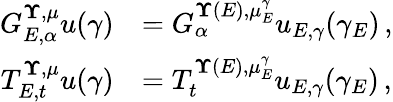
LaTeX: \begin{array}{rl}{G_{E,\alpha}^{{\mathbf\Upsilon},{\mu}}u(\gamma)}&{=G_{\alpha}^{{\mathbf\Upsilon}(E),{\mu}_{E}^{\gamma}}u_{E,\gamma}(\gamma_{E})\, ,}\\ {T_{E,t}^{{\mathbf\Upsilon},{\mu}}u(\gamma)}&{=T_{t}^{{\mathbf\Upsilon}(E),{\mu}_{E}^{\gamma}}u_{E,\gamma}(\gamma_{E})\, ,}\end{array}